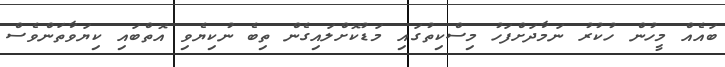
ބައެއް މީހުން ހުކުރު ނަމާދަށްފަހު މިސްކިތުގައި މަޑުކޮށްލައިގެން ތިބެ ނުކިޔެވި އޮތްބައި ކިޔަވާތަންވެސް